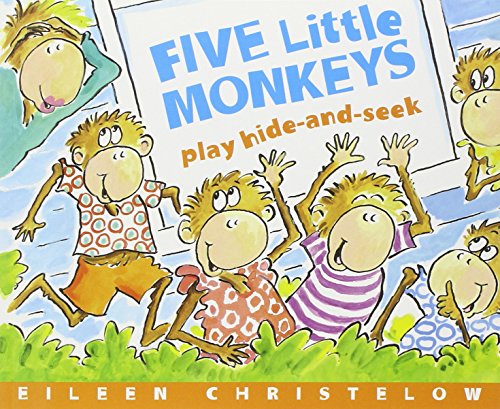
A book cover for Five Little Monkeys Play Hide and Seek (A Five Little Monkeys Story); Eileen Christelow; Children's Books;